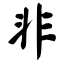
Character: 非